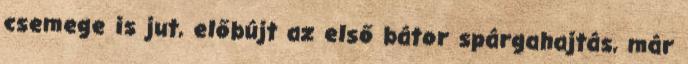
csemege is jut, előbújt az első bátor spárgahajtás, már